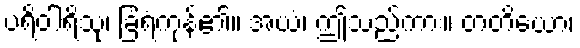
ပရိဝါရိသုံ၊ ခြံရံကုန်၏။ အယံ၊ ဤသည်ကား။ တတိယော၊